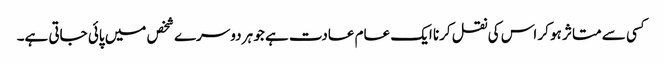
﻿کسی سے متاثر ہو کر اس کی نقل کرنا ایک عام عادت ہے جو ہر دوسرے شخص میں پائی جاتی ہے۔